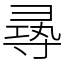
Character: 㝷